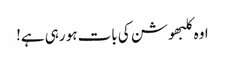
اوہ کلبھوشن کی بات ہو رہی ہے!